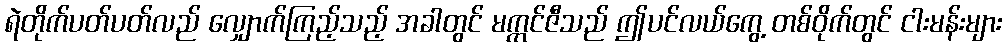
ရဲတိုက်ပတ်ပတ်လည် လျှောက်ကြည့်သည့် အခါတွင် မက္ကင်ဇီသည် ဤပင်လယ်ကွေ့ တစ်ဝိုက်တွင် ငါးမန်းများ